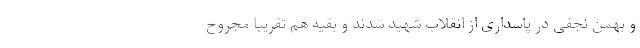
و بهمن نجفی در پاسداری از انقلاب شهید شدند و بقیه هم تقریبا مجروح